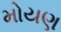
મોયણ